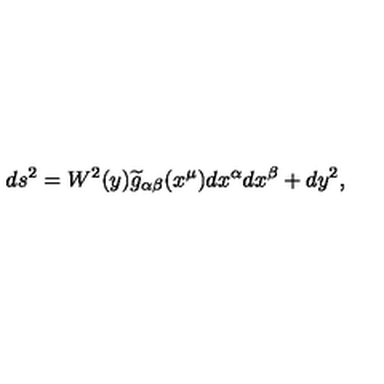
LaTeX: d s ^ { 2 } = W ^ { 2 } ( y ) \widetilde { g } _ { \alpha \beta } ( x ^ { \mu } ) d x ^ { \alpha } d x ^ { \beta } + d y ^ { 2 } ,